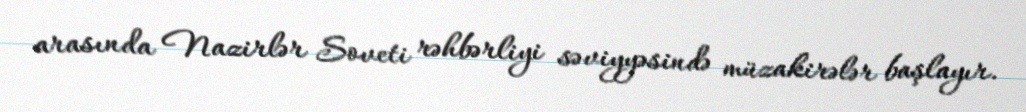
arasında Nazirlər Soveti rəhbərliyi səviyyəsində müzakirələr başlayır.